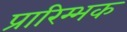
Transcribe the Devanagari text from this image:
प्रारिम्भक